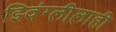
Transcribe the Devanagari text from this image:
झ्विंग्लीलाही